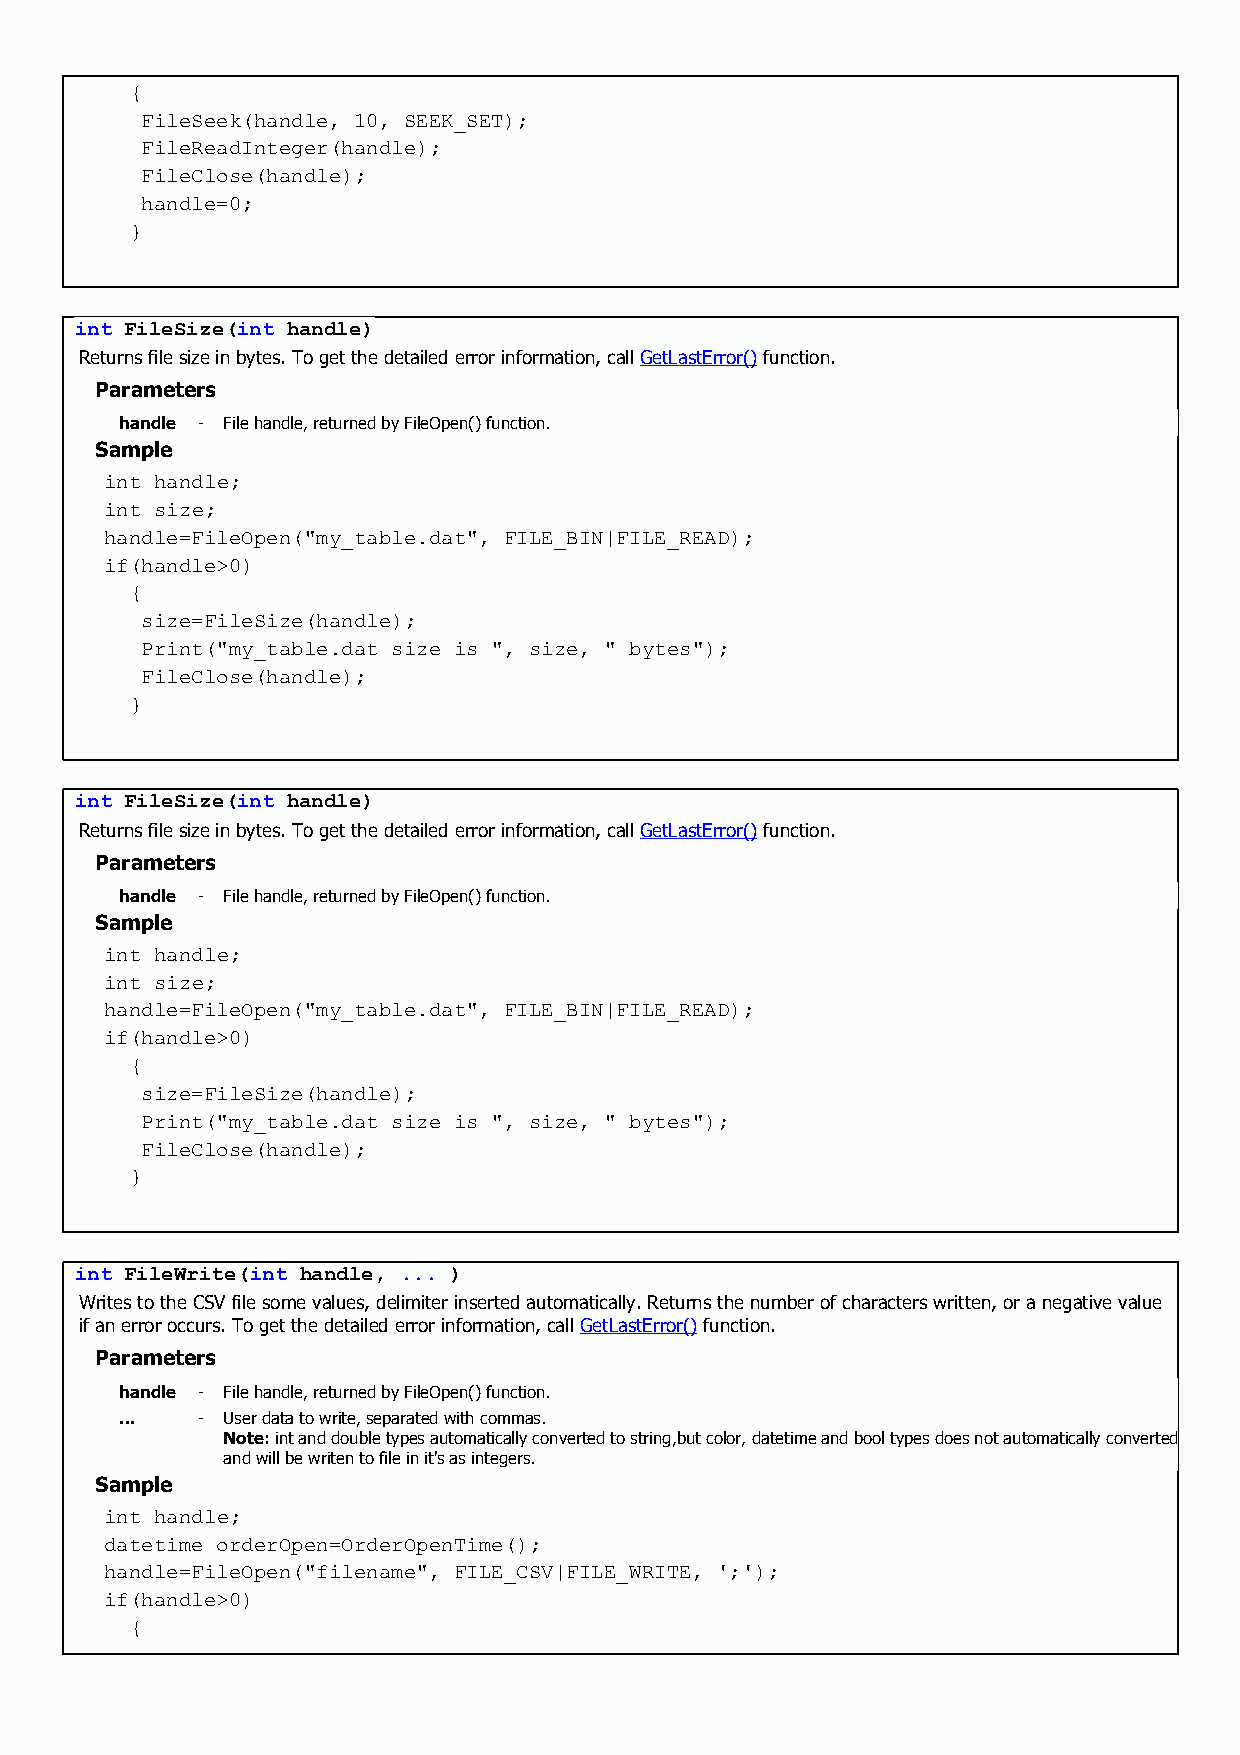
{
 FileSeek(handle, 10, SEEK_SET);
 FileReadInteger(handle);
 FileClose(handle);
 handle=0;
 }
 int FileSize(int handle)
 Returns file size in bytes. To get the detailed error information, call GetLastError() function.
 Parameters
 handle - File handle, returned by FileOpen() function.
 Sample
 int handle;
 int size;
 handle=FileOpen("my_table.dat", FILE_BIN|FILE_READ);
 if(handle>0)
 {
 size=FileSize(handle);
 Print("my_table.dat size is ", size, " bytes");
 FileClose(handle);
 }
 int FileSize(int handle)
 Returns file size in bytes. To get the detailed error information, call GetLastError() function.
 Parameters
 handle - File handle, returned by FileOpen() function.
 Sample
 int handle;
 int size;
 handle=FileOpen("my_table.dat", FILE_BIN|FILE_READ);
 if(handle>0)
 {
 size=FileSize(handle);
 Print("my_table.dat size is ", size, " bytes");
 FileClose(handle);
 }
 int FileWrite(int handle, ... )
 Writes to the CSV file some values, delimiter inserted automatically. Returns the number of characters written, or a negative value
 if an error occurs. To get the detailed error information, call GetLastError() function.
 Parameters
 handle - File handle, returned by FileOpen() function.
 ...  - User data to write, separated with commas.
 Note: int and double types automatically converted to string,but color, datetime and bool types does not automatically converted
 and will be writen to file in it's as integers.
 Sample
 int handle;
 datetime orderOpen=OrderOpenTime();
 handle=FileOpen("filename", FILE_CSV|FILE_WRITE, ';');
 if(handle>0)
 {